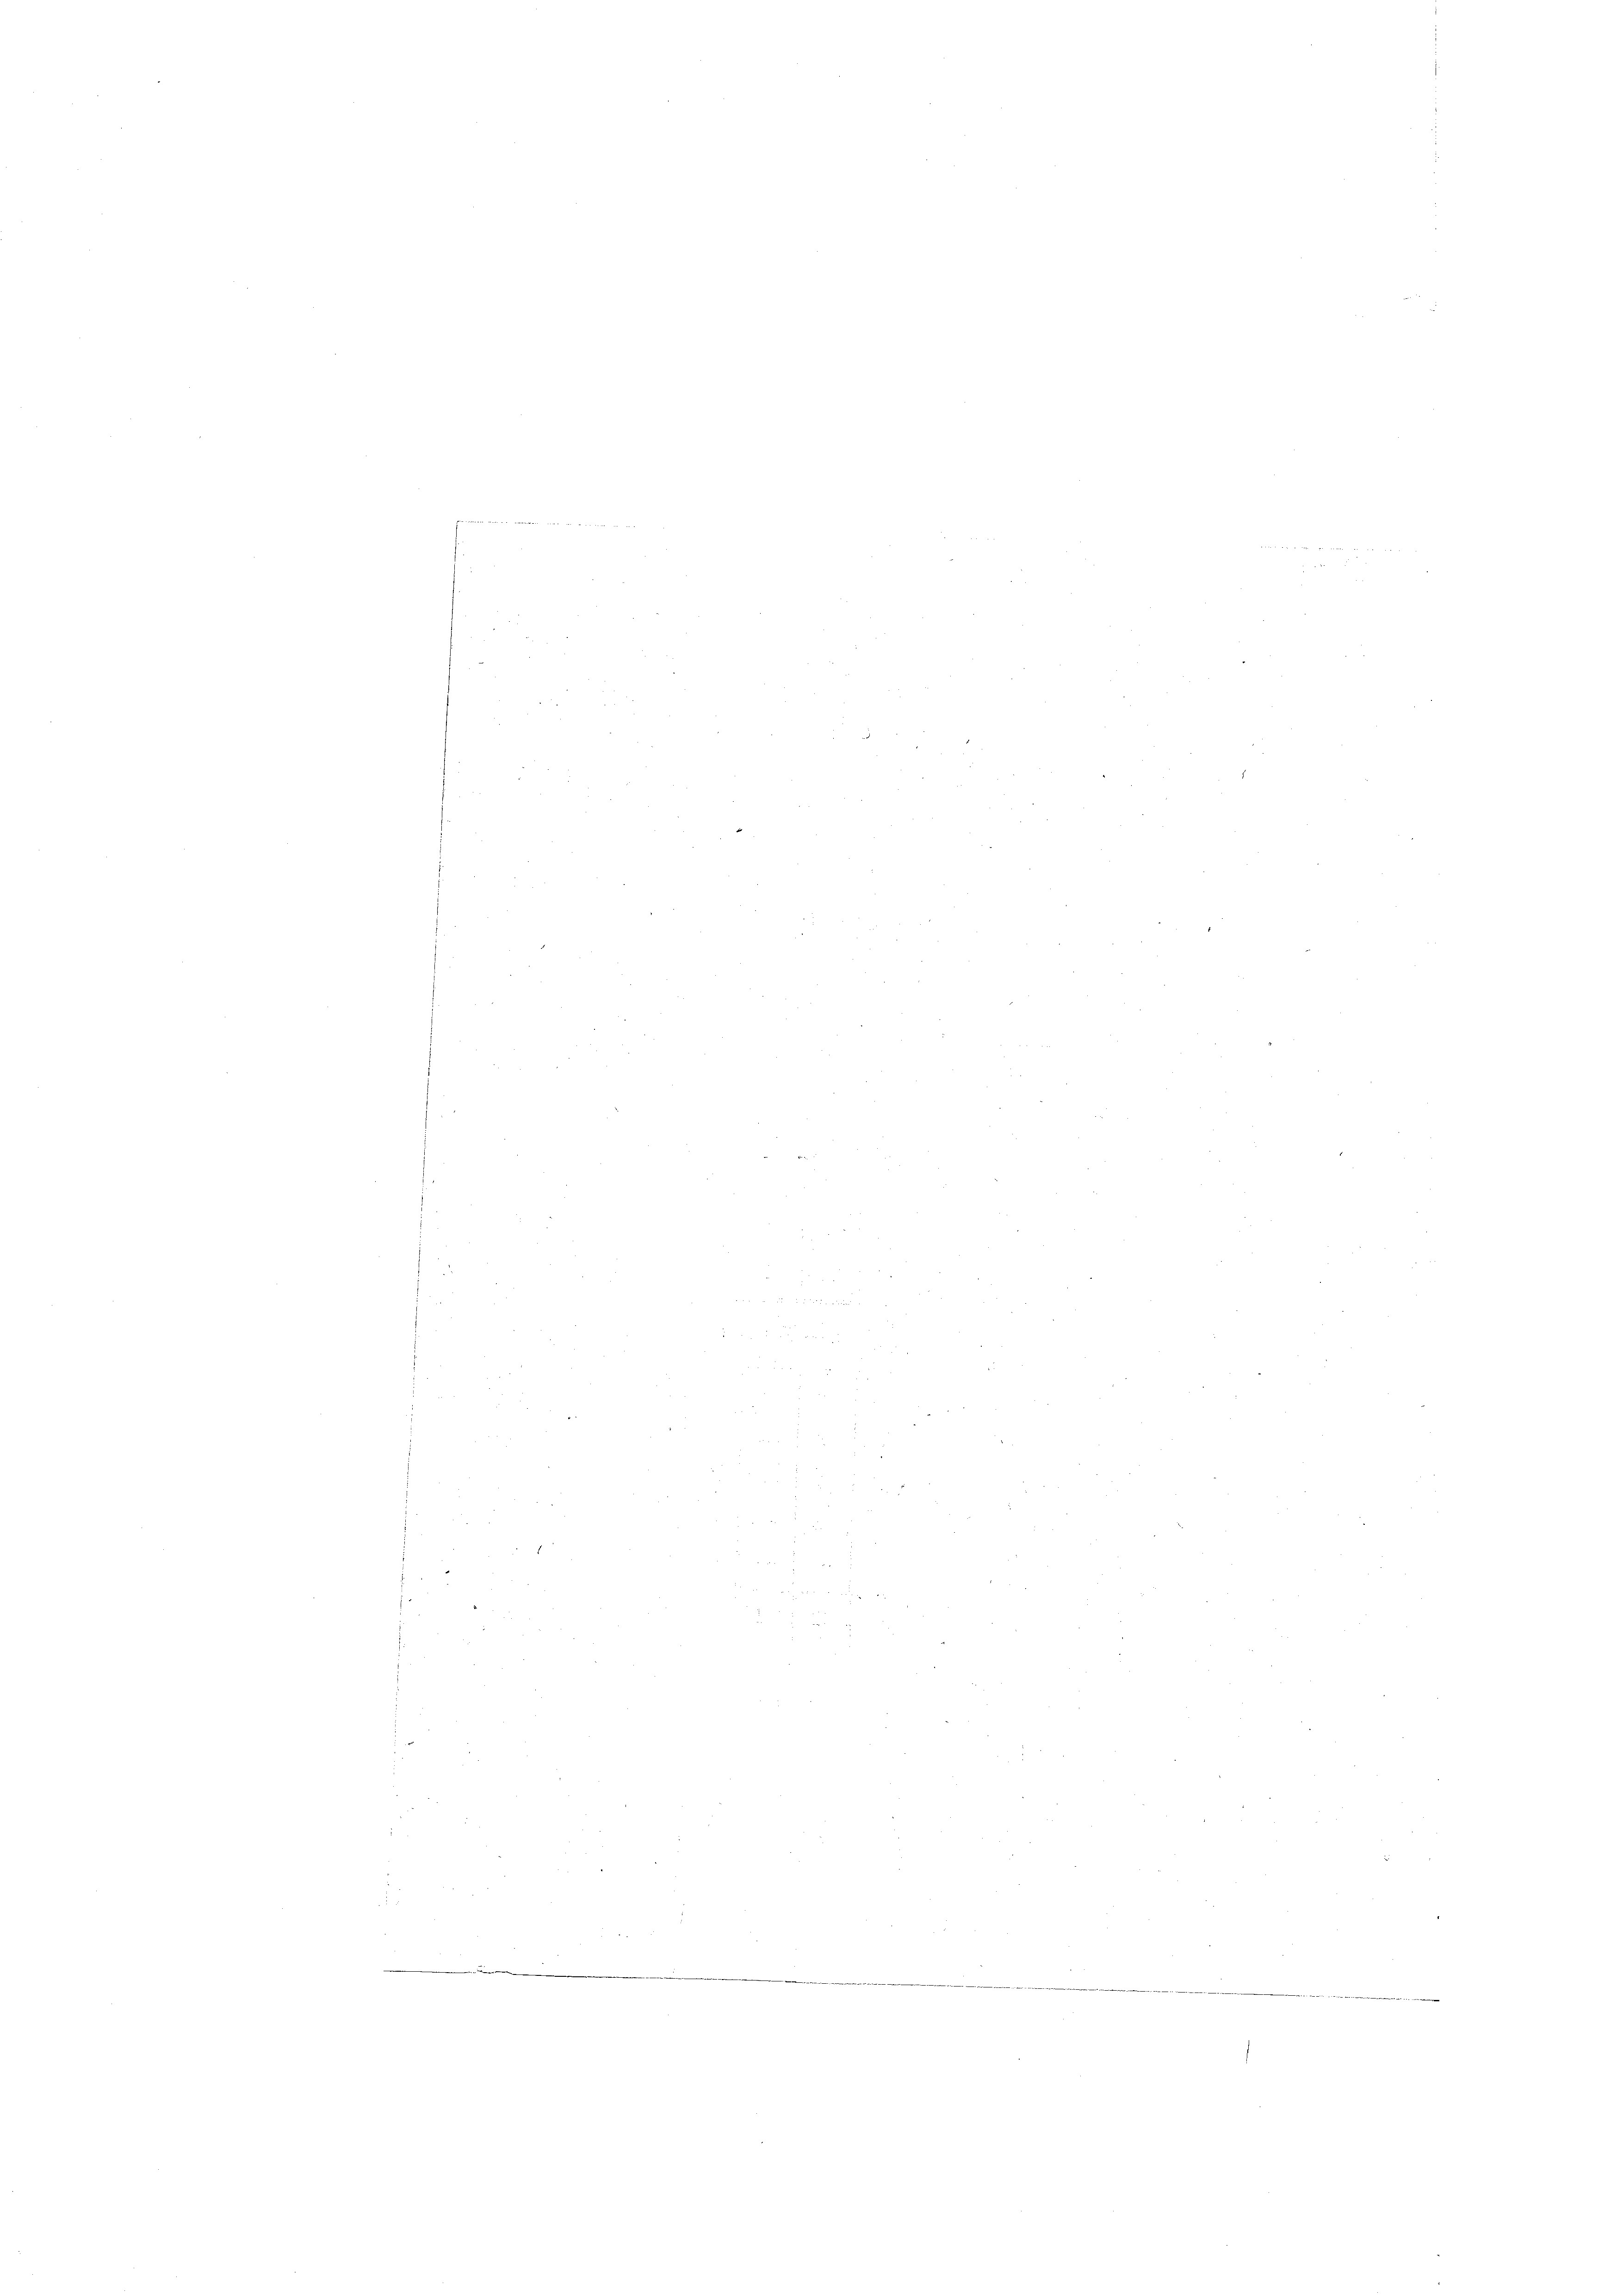
2

i
d

e

.
s
.

.

¬

Mit 1
2
 2 1
Stellen die ich an die Rechtet hat das

2
e
e
.
e
s
2
3
e
n
32.
3.
.
N 22
e
e
n
e
e
n
.

g
¬
¬
2
8
e
2
e
e
f
5
e
.
e
2
n
22
.
n
.
e
.
n
e
n
e
t
e
.
e
d
2
e
e
e
.
 xx
e
d
d
e
 52
n
e
e
e
e
d
¬
e
.
 2
e
e
.
2
e
e
e
e
d
n
n
.
e
e
s
.
e
e
8

d
e

.
d
¬
.
e
n
e
e
 200
e
e
5
e
e
.
1
¬
e
¬
.

n
¬
¬
e
B
¬
1
¬
e
e
e
.
.
e

5
n
2
e
.
n
e
e

d
n
e
.
¬

e
5
d
e
r
F
.
.
¬
e
e
u
.
5
e
n
e
e
8
n
.
2
.
2
di wir die mit der schen den im 1 Fr. 1. J. in einen mit der an das tutend des et ist die das Gesandt abereiterer als wie est unter Wert das ich in der eine
¬

e

.